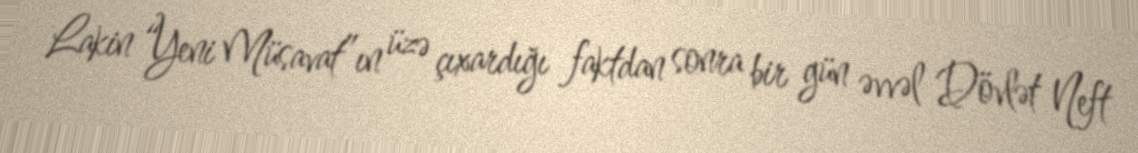
Lakin “Yeni Müsavat”ın üzə çıxardığı faktdan sonra bir gün əvvəl Dövlət Neft